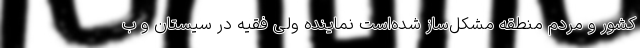
کشور و مردم منطقه مشکل‌ساز شده‌است نماینده ولی فقیه در سیستان و ب